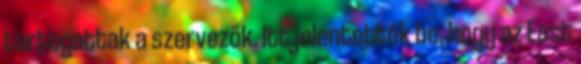
tartogattak a szervezők. Itt jelentették be, hogy az East